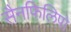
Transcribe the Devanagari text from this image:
सैनफिलिपो